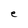
Character: e